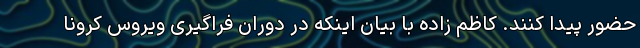
حضور پیدا کنند. کاظم زاده با بیان اینکه در دوران فراگیری ویروس کرونا